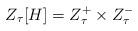
LaTeX: \begin{align*} Z_{\tau}[H] = Z_{\tau}^+ \times Z_{\tau}^-\end{align*}